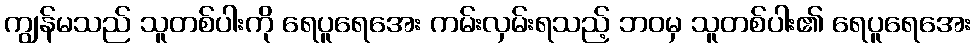
ကျွန်မသည် သူတစ်ပါးကို ရေပူရေအေး ကမ်းလှမ်းရသည့် ဘဝမှ သူတစ်ပါး၏ ရေပူရေအေး